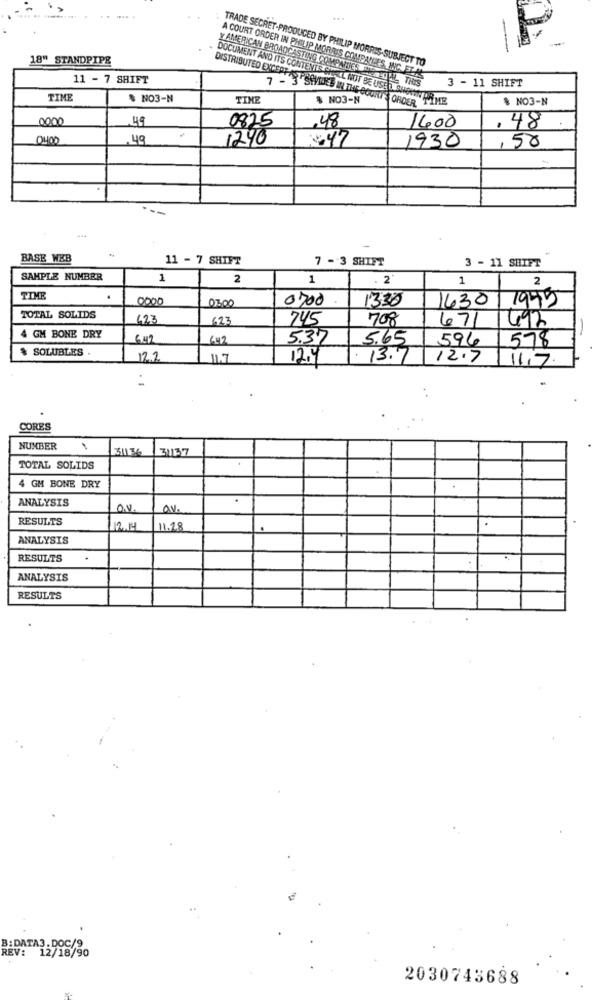
18" STANDPIPE
TRADE SECRET-PRODUCED BY PHILIP MORRIS-SUBJECT TO
DISTRIBUTED EXCEPPA
DOCUMENT AND ITS CONTENTS SHE
11 - 7 SHIFT
A COURT ORDER IN PHILIP MORRIS COMPATLES INC. ELAS
3 - 11 SHIFT
Y AMERICAN BROADCASTING COMPANIES LE STAN THIS
TIME
* NO3-N
TIME
% NO3-N
$ NO3-N
7 - 3'SWIRED IN THE OGONI& ORDER
SOLL NOT BE USED SHOWN ME
0000
0825
.48
1400
, 48
0400
.49
1240
347
1930
,50
BASE WEB
11 - 7 SHIFT
7 - 3 SHIFT
3 - 11 SHIFT
SAMPLE NUMBER
1
2
1
. 2
1
2
TIME
0000
03,00
0700
1330
1630 1 1975
TOTAL SOLIDS
623
623
745
708
671
1492
4 GM BONE DRY
342
642
5.37
5.65
596
578
$ SOLUBLES .
12.2
11.7
12.4
. 13.7
12.7
11.7.
. .
CORES
NUMBER
31136
31137
TOTAL SOLIDS
4 GM BONE DRY
ANALYSIS
ON
RESULTS
12.14
11.28
ANALYSIS
RESULTS
ANALYSIS
RESULTS
B:DATA3.DOC/9
REV: 12/18/90
2030743688